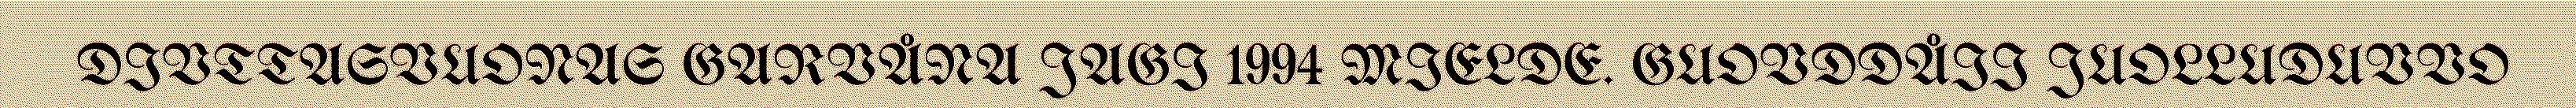
DIVTTASVUONAS GARVÅNA JAGI 1994 MIELDE. GUOVDDÅII JUOLLUDUVVO